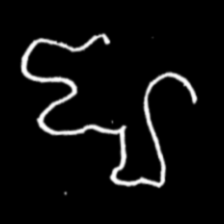
Pyu character \u2014 Myanmar letter: ဈ (romanized: jha)